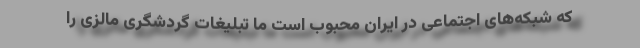
که شبکه‌های اجتماعی در ایران محبوب است ما تبلیغات گردشگری مالزی را